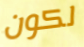
لكون